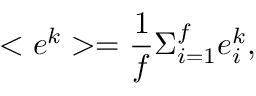
< e ^ { k } > = { \frac { 1 } { f } } \Sigma _ { i = 1 } ^ { f } e _ { i } ^ { k } ,